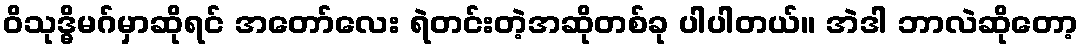
ဝိသုဒ္ဓိမဂ်မှာဆိုရင် အတော်လေး ရဲတင်းတဲ့အဆိုတစ်ခု ပါပါတယ်။ အဲဒါ ဘာလဲဆိုတော့